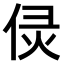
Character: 𠈳